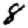
Digit: 8